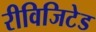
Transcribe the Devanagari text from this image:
रीविजिटेड